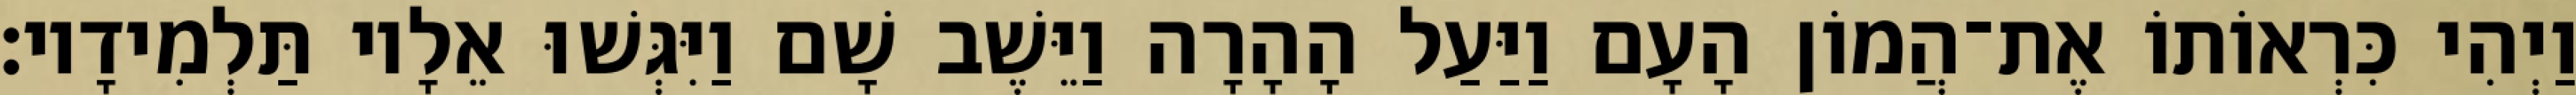
וַיְהִי כִּרְאוֹתוֹ אֶת־הֲמוֹן הָעָם וַיַּעַל הָהָרָה וַיֵּשֶׁב שָׁם וַיִּגְּשׁוּ אֵלָיו תַּלְמִידָיו׃